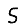
Digit: 5